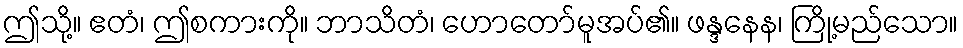
ဤသို့။ ဧတံ၊ ဤစကားကို။ ဘာသိတံ၊ ဟောတော်မူအပ်၏။ ဖန္ဒနေန၊ ကြို့မည်သော။